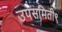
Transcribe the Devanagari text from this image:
उपसमिती९